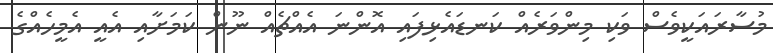
މުސާރައަކީވެސް ވަކި މިންވަރެއް ކަނޑައެޅިފައި އޮންނަ އެއްޗެއް ނޫން ކަމަށާއި އެއީ އެމީހެއްގެ